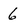
Character: 6